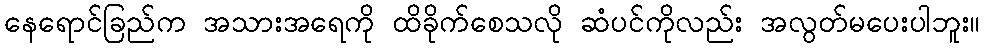
နေရောင်ခြည်က အသားအရေကို ထိခိုက်စေသလို ဆံပင်ကိုလည်း အလွတ်မပေးပါဘူး။